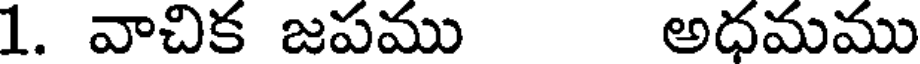
1. వాచిక జపము అధమము